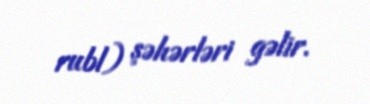
rubl) şəhərləri gəlir.